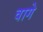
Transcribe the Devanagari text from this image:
वागे